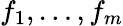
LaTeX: f_{1},\ldots,f_{m}